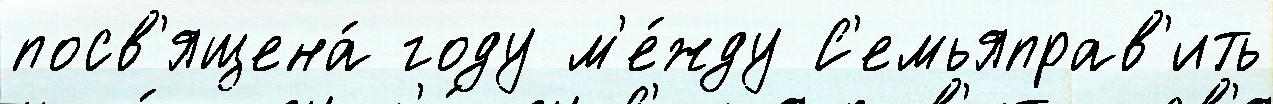
посв'ящена́ году м'е́жду С'емьяправ'ить